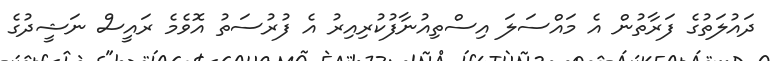
ދައުލަތުގެ ފަރާތުން އެ މައްސަލަ އިސްތިއުނާފުކުރިއިރު އެ ފުރުސަތު އޮވެމެ ރައީސް ނަޝީދުގެ